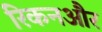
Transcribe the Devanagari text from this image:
रिकनऔर